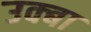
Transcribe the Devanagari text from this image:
उक्बा